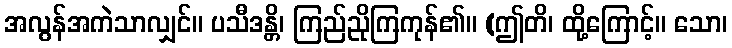
အလွန်အကဲသာလျှင်။ ပသီဒန္တိ၊ ကြည်ညိုကြကုန်၏။ (ဤတိ၊ ထို့ကြောင့်။ သော၊